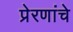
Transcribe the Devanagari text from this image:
प्रेरणांचे